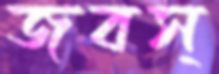
জবস্